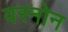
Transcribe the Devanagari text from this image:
वरनोन